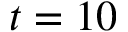
t = 1 0